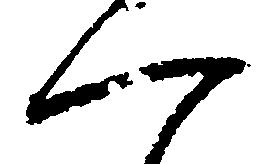
一